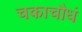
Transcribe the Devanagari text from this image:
चकाचौधं